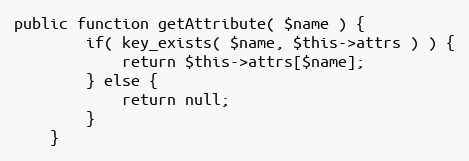
Language: PHP
public function getAttribute( $name ) {
        if( key_exists( $name, $this->attrs ) ) {
            return $this->attrs[$name];
        } else {
            return null;
        }
    }